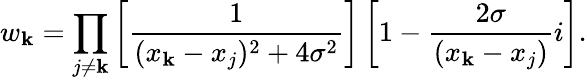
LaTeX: w_{\mathbf{k}}=\prod_{j\neq\mathbf{k}}\left[{\frac{{1}}{{(x_{\mathbf{k}}-x_{j})^{2}+4\sigma^{2}}}}\right]\left[1-{\frac{{2\sigma}}{{(x_{\mathbf{k}}-x_{j})}}}i\right].